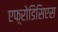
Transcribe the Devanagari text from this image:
एफ़्रोडिसिएस